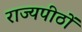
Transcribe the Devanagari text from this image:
राज्यपीठों